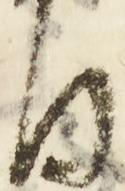
旨